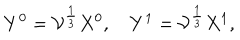
Y ^ { 0 } = { \cal V } ^ { \frac { 1 } { 3 } } X ^ { 0 } , \quad Y ^ { 1 } = { \cal V } ^ { \frac { 1 } { 3 } } X ^ { 1 } ,